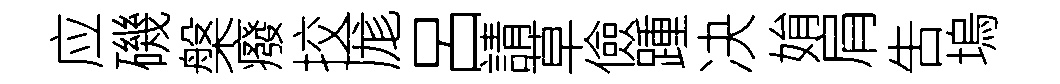
应磯槃癈挍厖呂請草儉踵决姢肩吿塢